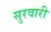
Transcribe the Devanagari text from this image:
सुरवारी